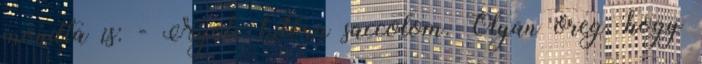
mondta is: - Nyolc kilóra saccolom. Olyan öreg, hogy